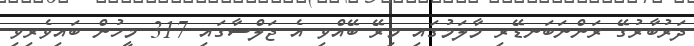
ދަރުބާރުގޭ ރަންނަބަނޑޭރި މާލަމުގައި މިރޭ ބޭއްވި އެ ޖަލްސާގައި 317 މީހުން ބައިވެރިވި